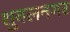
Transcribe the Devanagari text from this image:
शुक्लनगर